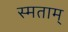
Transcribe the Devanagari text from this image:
स्मताम्